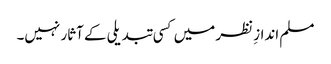
مسلم اندازِ نظر میں کسی تبدیلی کے آثار نہیں۔